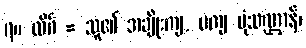
၇။ လိင်္ဂ = သူ၏ အချိုးကျ, မကျ ပုံသဏ္ဌာန်၊